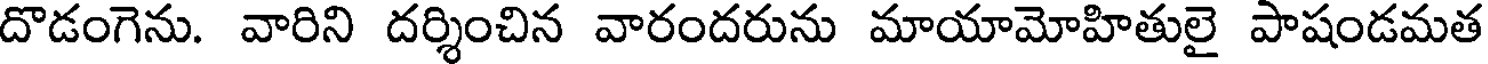
దొడంగెను. వారిని దర్శించిన వారందరును మాయామోహితులై పాషండమత